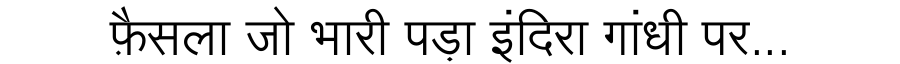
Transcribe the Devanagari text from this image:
फ़ैसला जो भारी पड़ा इंदिरा गांधी पर...